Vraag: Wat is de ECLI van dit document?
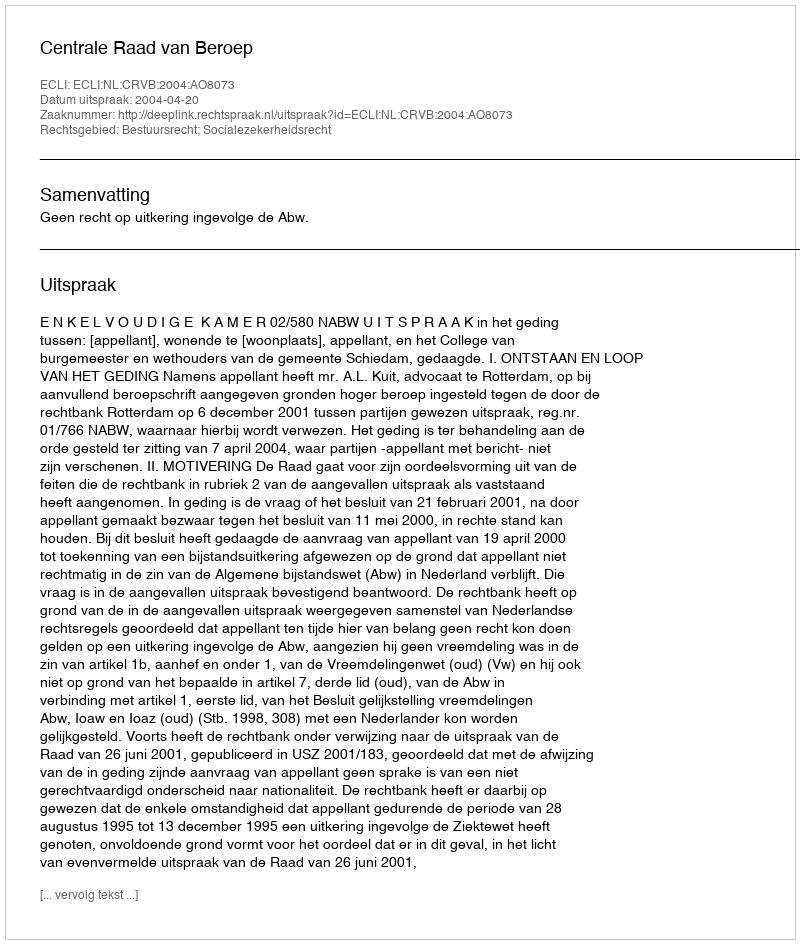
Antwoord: ECLI:NL:CRVB:2004:AO8073